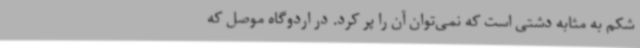
شکم به مثابه دشتی است که نمی‌توان آن را پر کرد. در اردوگاه موصل که